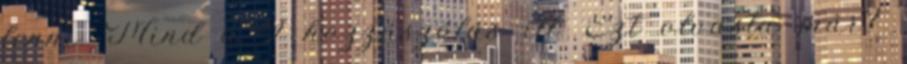
lenni. Mind a 9 hozzászólás itt. Ezt olvasta már?